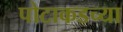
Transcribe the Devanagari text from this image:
पोटाकडच्या